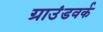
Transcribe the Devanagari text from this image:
ग्राउंडवर्क